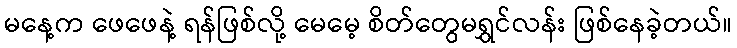
မနေ့က ဖေဖေနဲ့ ရန်ဖြစ်လို့ မေမေ့ စိတ်တွေမရွှင်လန်း ဖြစ်နေခဲ့တယ်။